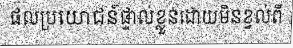
ផលប្រយោជន៍ផ្ទាល់ខ្លួនដោយមិនខ្វល់ពី